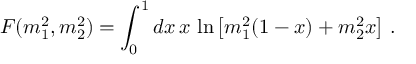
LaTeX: F ( m _ { 1 } ^ { 2 } , m _ { 2 } ^ { 2 } ) = \int _ { 0 } ^ { 1 } d x \, x \, \ln \left[ m _ { 1 } ^ { 2 } ( 1 - x ) + m _ { 2 } ^ { 2 } x \right] \, .